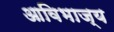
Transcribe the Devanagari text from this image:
आविभाज्य